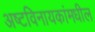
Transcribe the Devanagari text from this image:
अष्टविनायकांमधील